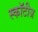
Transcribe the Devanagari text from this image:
स्कॉटीज